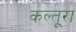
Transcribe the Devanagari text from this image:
कल्तूरा